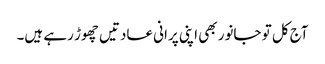
آج کل تو جانور بھی اپنی پرانی عادتیں چھوڑ رہے ہیں۔